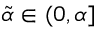
\tilde { \alpha } \in ( 0 , \alpha ]